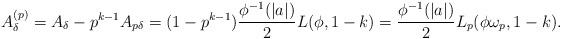
LaTeX: \begin{align*}A_{\delta}^{(p)}=A_\delta-p^{k-1}A_{p\delta}=(1-p^{k-1})\frac{\phi^{-1}(|a|)}{2}L(\phi, 1-k)=\frac{\phi^{-1}(|a|)}{2} L_p(\phi \omega_p, 1-k). \end{align*}